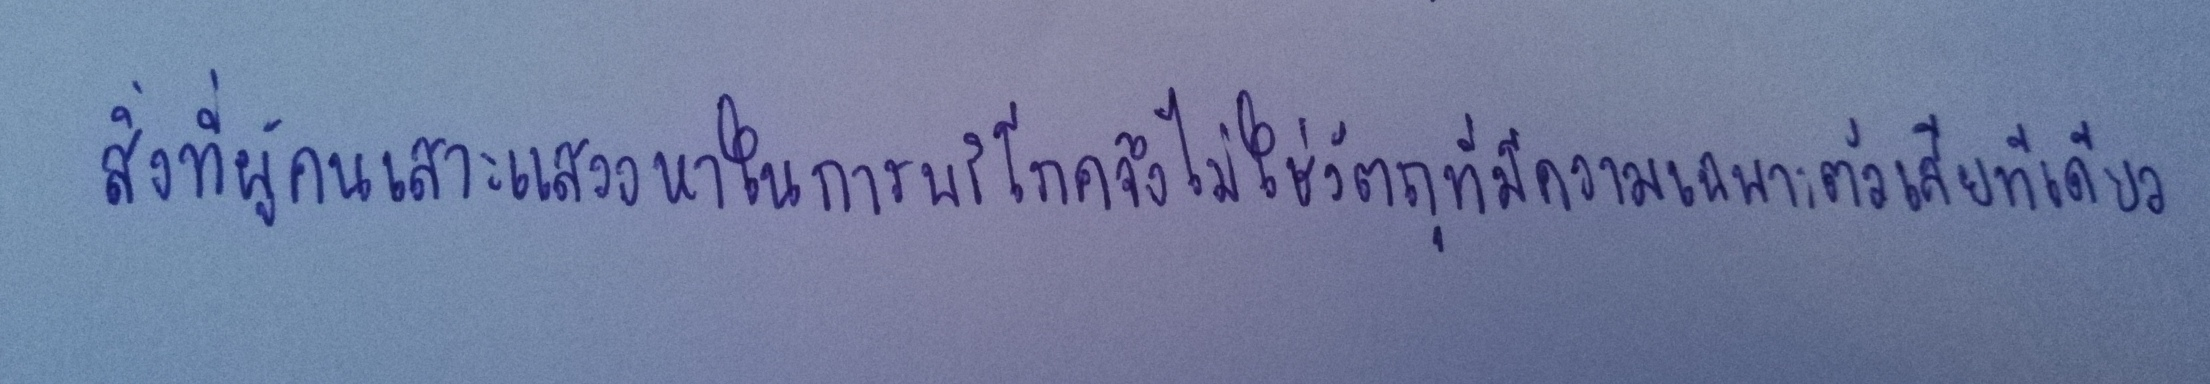
สิ่งที่ผู้คนเสาะแสวงหาในการบริโภคจึงไม่ใช่วัตถุที่มีความเฉพาะตัวเสียทีเดียว